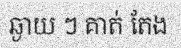
ឆ្ងាយ ៗ គាត់ តែង